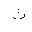
Letter: _tha